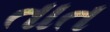
તાત